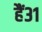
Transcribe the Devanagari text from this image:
हैं३१